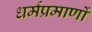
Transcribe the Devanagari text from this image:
धर्मप्रमाणों